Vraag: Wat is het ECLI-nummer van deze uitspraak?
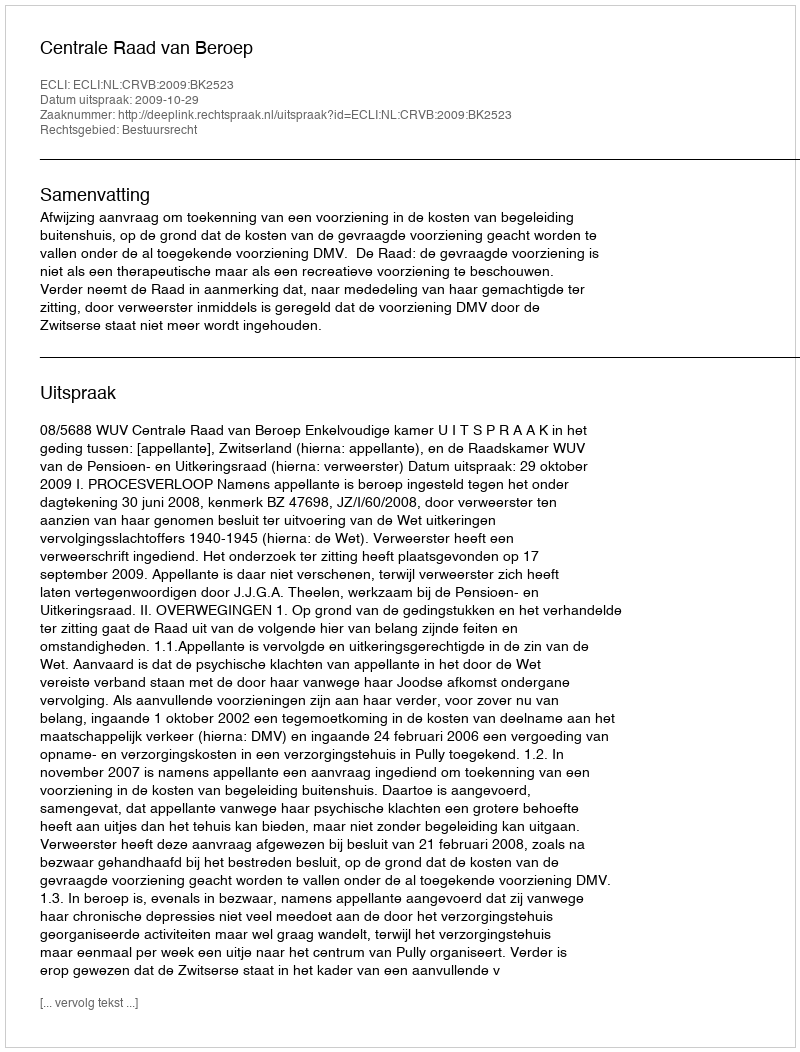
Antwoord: ECLI:NL:CRVB:2009:BK2523